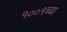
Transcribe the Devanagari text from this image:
१००१च्या